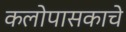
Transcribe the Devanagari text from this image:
कलोपासकाचे